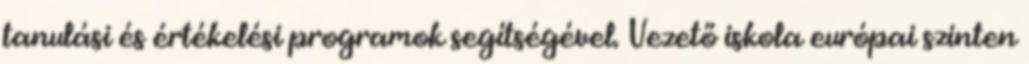
tanulási és értékelési programok segítségével. Vezető iskola európai szinten